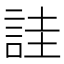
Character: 詿